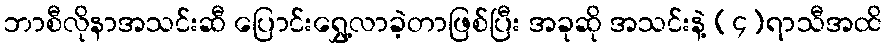
ဘာစီလိုနာအသင်းဆီ ပြောင်းရွှေ့လာခဲ့တာဖြစ်ပြီး အခုဆို အသင်းနဲ့ (၄)ရာသီအထိ